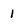
Character: 1